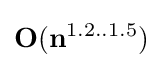
\mathbf {O} (\mathbf {n} ^{1.2..1.5})